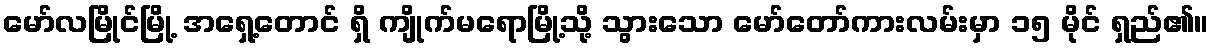
မော်လမြိုင်မြို့ အရှေ့တောင် ရှိ ကျိုက်မရောမြို့သို့ သွားသော မော်တော်ကားလမ်းမှာ ၁၅ မိုင် ရှည်၏။